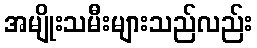
အမျိုးသမီးများသည်လည်း